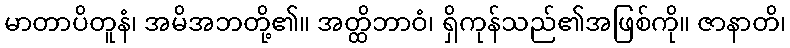
မာတာပိတူနံ၊ အမိအဘတို့၏။ အတ္ထိဘာဝံ၊ ရှိကုန်သည်၏အဖြစ်ကို။ ဇာနာတိ၊